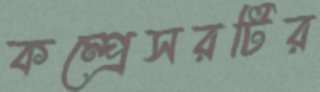
কম্প্রেসরটির